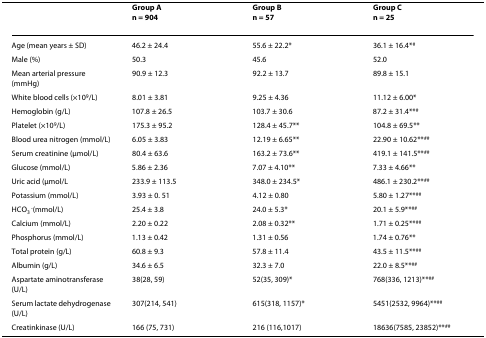
<table><thead><tr><td></td><td><b>Group A<i>n </i>= 904</b></td><td><b>Group B<i>n </i>= 57</b></td><td><b>Group C<i>n </i>= 25</b></td></tr></thead><tbody><tr><td>Age (mean years ± SD)</td><td>46.2 ± 24.4</td><td>55.6 ± 22.2*</td><td>36.1 ± 16.4*<sup>#</sup></td></tr><tr><td>Male (%)</td><td>50.3</td><td>45.6</td><td>52.0</td></tr><tr><td>Mean arterial pressure (mmHg)</td><td>90.9 ± 12.3</td><td>92.2 ± 13.7</td><td>89.8 ± 15.1</td></tr><tr><td>White blood cells (×10<sup>9</sup>/L)</td><td>8.01 ± 3.81</td><td>9.25 ± 4.36</td><td>11.12 ± 6.00*</td></tr><tr><td>Hemoglobin (g/L)</td><td>107.8 ± 26.5</td><td>103.7 ± 30.6</td><td>87.2 ± 31.4**<sup>#</sup></td></tr><tr><td>Platelet (×10<sup>9</sup>/L)</td><td>175.3 ± 95.2</td><td>128.4 ± 45.7**</td><td>104.8 ± 69.5**</td></tr><tr><td>Blood urea nitrogen (mmol/L)</td><td>6.05 ± 3.83</td><td>12.19 ± 6.65**</td><td>22.90 ± 10.62**<sup>##</sup></td></tr><tr><td>Serum creatinine (μmol/L)</td><td>80.4 ± 63.6</td><td>163.2 ± 73.6**</td><td>419.1 ± 141.5**<sup>##</sup></td></tr><tr><td>Glucose (mmol/L)</td><td>5.86 ± 2.36</td><td>7.07 ± 4.10**</td><td>7.33 ± 4.66**</td></tr><tr><td>Uric acid (μmol/L</td><td>233.9 ± 113.5</td><td>348.0 ± 234.5*</td><td>486.1 ± 230.2**<sup>##</sup></td></tr><tr><td>Potassium (mmol/L)</td><td>3.93 ± 0. 51</td><td>4.12 ± 0.80</td><td>5.80 ± 1.27**<sup>##</sup></td></tr><tr><td>HCO<sub>3 </sub><sup>-</sup>(mmol/L)</td><td>25.4 ± 3.8</td><td>24.0 ± 5.3*</td><td>20.1 ± 5.9**<sup>##</sup></td></tr><tr><td>Calcium (mmol/L)</td><td>2.20 ± 0.22</td><td>2.08 ± 0.32**</td><td>1.71 ± 0.25**<sup>##</sup></td></tr><tr><td>Phosphorus (mmol/L)</td><td>1.13 ± 0.42</td><td>1.31 ± 0.56</td><td>1.74 ± 0.76**</td></tr><tr><td>Total protein (g/L)</td><td>60.8 ± 9.3</td><td>57.8 ± 11.4</td><td>43.5 ± 11.5**<sup>##</sup></td></tr><tr><td>Albumin (g/L)</td><td>34.6 ± 6.5</td><td>32.3 ± 7.0</td><td>22.0 ± 8.5**<sup>##</sup></td></tr><tr><td>Aspartate aminotransferase (U/L)</td><td>38(28, 59)</td><td>52(35, 309)*</td><td>768(336, 1213)**<sup>##</sup></td></tr><tr><td>Serum lactate dehydrogenase (U/L)</td><td>307(214, 541)</td><td>615(318, 1157)*</td><td>5451(2532, 9964)**<sup>##</sup></td></tr><tr><td>Creatinkinase (U/L)</td><td>166 (75, 731)</td><td>216 (116,1017)</td><td>18636(7585, 23852)**<sup>##</sup></td></tr></tbody></table>